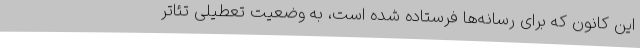
این کانون که برای رسانه‌ها فرستاده شده است، به وضعیت تعطیلی تئاتر